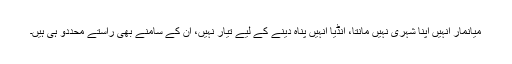
میانمار انہیں اپنا شہری نہیں مانتا، انڈیا انہیں پناہ دینے کے لیے تیار نہیں، ان کے سامنے بھی راستے محددو ہی ہیں۔